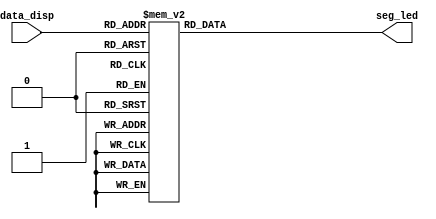
module seg_led_decoder(data_disp,seg_led);
    input [3:0] data_disp;
    output reg [7:0] seg_led;
    always@(data_disp)
        case(data_disp)
            4'h0 : seg_led = 8'h3f;
            4'h1 : seg_led = 8'h06;
            4'h2 : seg_led = 8'h5b;
            4'h3 : seg_led = 8'h4f;
            4'h4 : seg_led = 8'h66;
            4'h5 : seg_led = 8'h6d;
            4'h6 : seg_led = 8'h7d;
            4'h7 : seg_led = 8'h07;
            4'h8 : seg_led = 8'h7f;
            4'h9 : seg_led = 8'h6f;
            4'ha : seg_led = 8'h77;
            4'hb : seg_led = 8'h7c;
            4'hc : seg_led = 8'h39;
            4'hd : seg_led = 8'h5e;
            4'he : seg_led = 8'h79;
            4'hf : seg_led = 8'h71;
            default :seg_led = 8'h00;
        endcase
endmodule